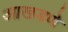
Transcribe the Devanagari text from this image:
आखडणे